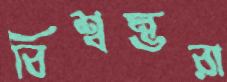
বিশ্বম্ভরা